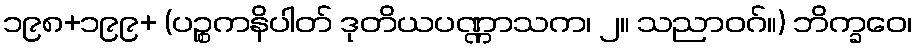
၁၉၈+၁၉၉+ (ပဉ္စကနိပါတ် ဒုတိယပဏ္ဏာသက၊ ၂။ သညာဝဂ်။) ဘိက္ခဝေ၊